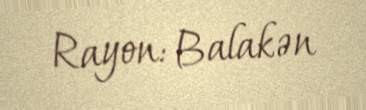
Rayon: Balakən